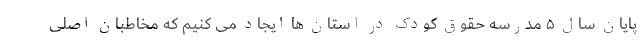
پایان سال ۵ مدرسه حقوق کودک در استان ها ایجاد می کنیم که مخاطبان اصلی